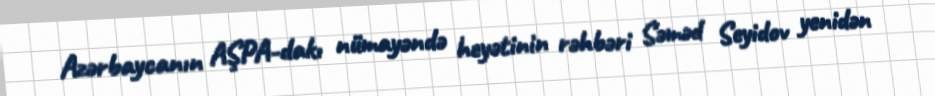
Azərbaycanın AŞPA-dakı nümayəndə heyətinin rəhbəri Səməd Seyidov yenidən